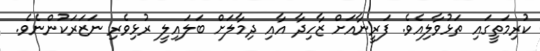
ކުރިމަތީގައި ތަޅުވާލިއެވެ. ފަރީނާއަށް ޒާހިދާ އާއި ދިމާލަށް ބަލައިލީ ރުޅިވެރި ނަޒަރަކުންނެވެ.